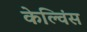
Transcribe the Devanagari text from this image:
केल्विंस